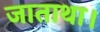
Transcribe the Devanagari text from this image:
जाताथा।